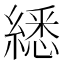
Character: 𦄵